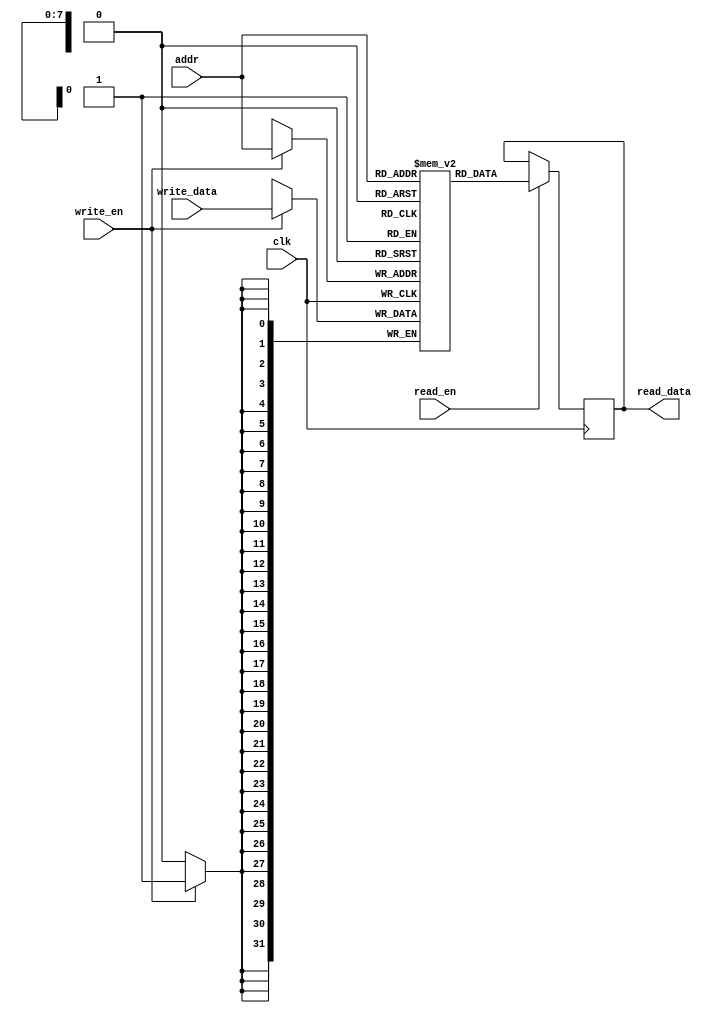
module USPM #(
    parameter ADDR_WIDTH = 8, // Address width
    parameter DATA_WIDTH = 32, // Data width
    parameter MEM_SIZE = 256   // Memory size (in words)
)(
    input clk,
    input [ADDR_WIDTH-1:0] addr,       // Address input
    input [DATA_WIDTH-1:0] write_data,  // Data to write
    input read_en,                     // Read enable signal
    input write_en,                    // Write enable signal
    output reg [DATA_WIDTH-1:0] read_data // Data read output
);

    // Memory array
    reg [DATA_WIDTH-1:0] memory [0:MEM_SIZE-1];

    // Read/Write logic
    always @(posedge clk) begin
        if (write_en) begin
            memory[addr] <= write_data; // Write data to memory
        end
    end

    always @(posedge clk) begin
        if (read_en) begin
            read_data <= memory[addr]; // Read data from memory
        end
    end

endmodule